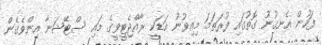
ފަހުން އެނގުނު ގޮތުގައި ފުރަތަމަ މިއިވުނު އަޑަކީ ރާއްޖެޓީވީގެ މައި ސްޓޭޝަނާ އިންވެގެން